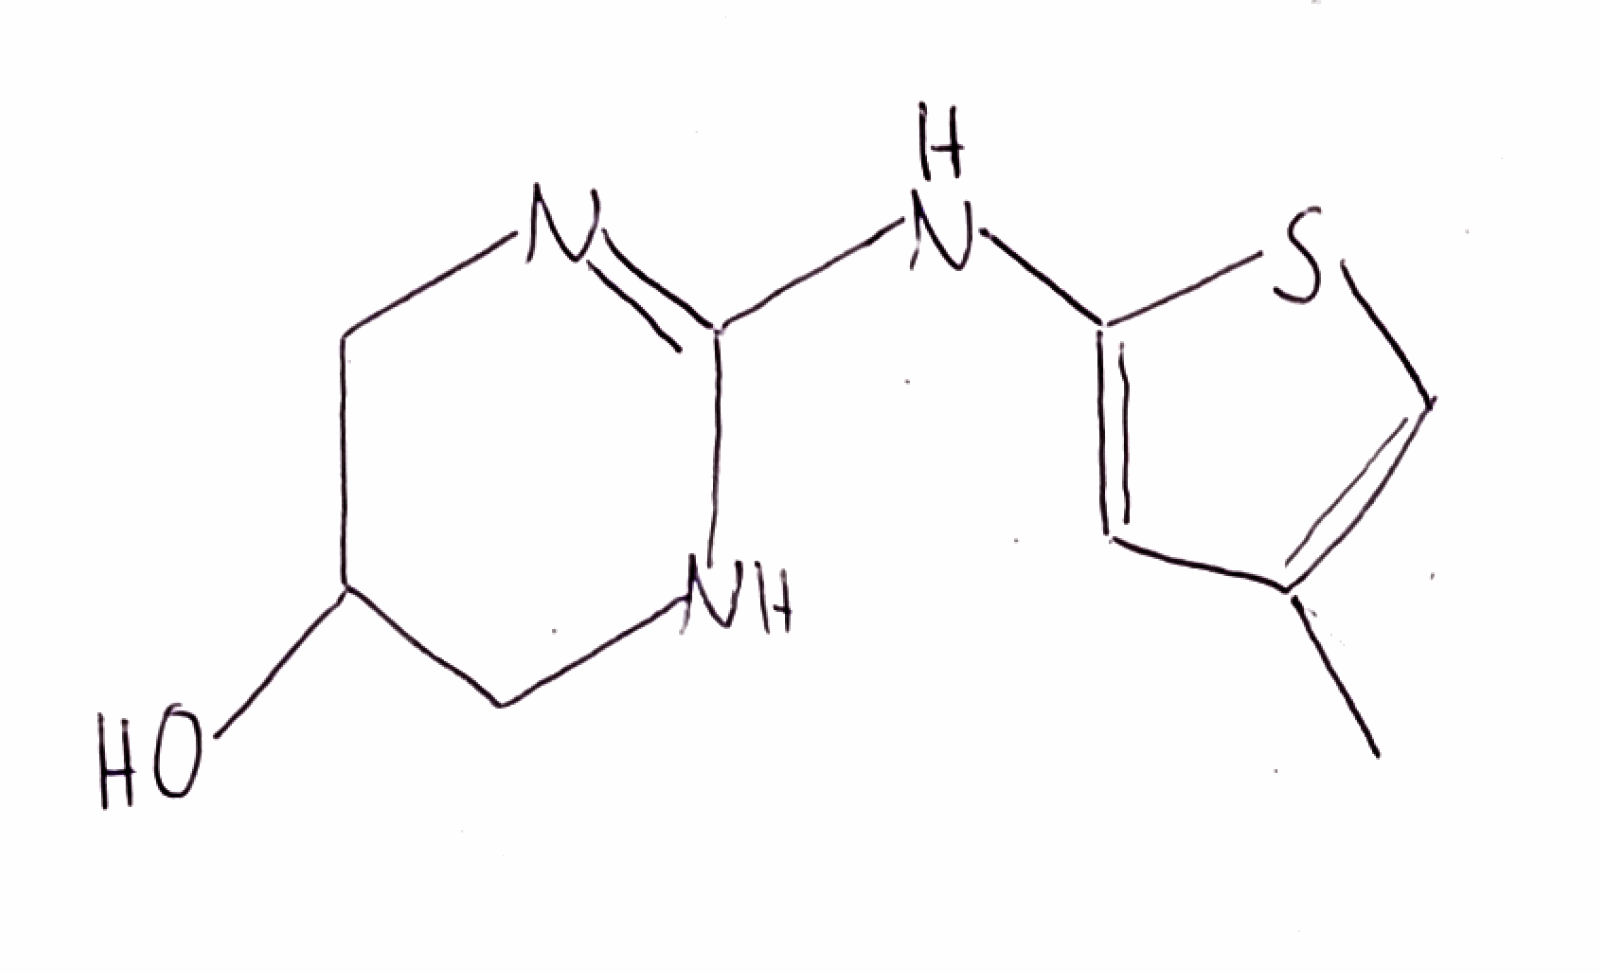
Simplified molecular-input line-entry system (SMILES) notation of the given molecule:
CC1=CSC(=C1)NC2=NCC(CN2)O